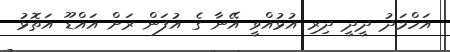
އަހްމަދު ދީދީ ދިރި އުޅުއްވީ އޭނާ ގެ އުފަން ރަށް އައްޑޫ އަތޮޅު